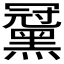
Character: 𪑪